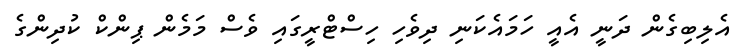
އެލިބިގެން ދަނީ އެއީ ހަމައެކަނި ދިވެހި ހިސްޓްރީގައި ވެސް މަމެން ޕިންކް ކުދިންގެ